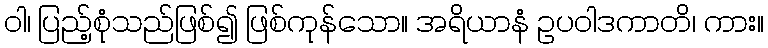
ဝါ၊ ပြည့်စုံသည်ဖြစ်၍ ဖြစ်ကုန်သော။ အရိယာနံ ဥပဝါဒကာတိ၊ ကား။